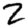
Digit: 2